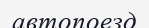
автопоезд